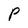
Character: P